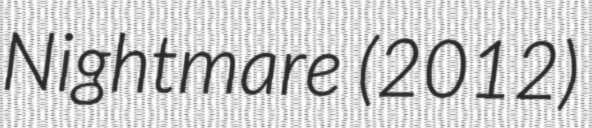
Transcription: Nightmare (2012)